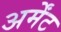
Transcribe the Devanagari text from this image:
अर्मेंट